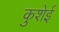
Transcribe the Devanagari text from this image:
कुशेई